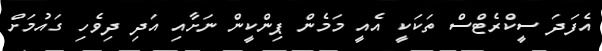
އެފަދަ ސީކްރެޓްސް ތަކަކީ އެއީ މަމެން ޕިންކީން ނަށާއި އަދި ދިވެހި ގައުމަށް